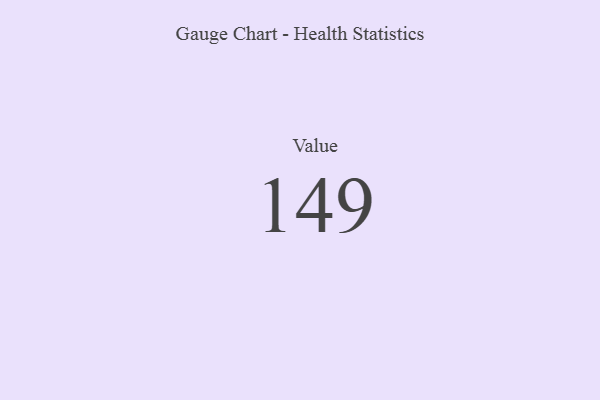
{"axis": {"x": "Metric", "y": "Value"}, "legend": [""], "data": [{"x": "Value", "y": 149, "type": ""}]}